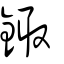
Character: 鋷